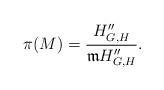
LaTeX: \begin{align*}\pi(M)=\frac{H''_{G,H}}{\frak{m}H''_{G,H}}.\end{align*}